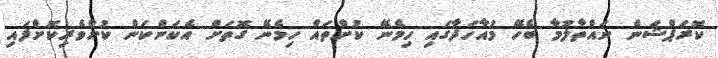
ކޮރަޕްޝަން ނައްތާލުމާ ބެހޭ މުއާހަދާގައި ހިމެނޭ ކުށްތައް ހިމެނޭ ގޮތަށް އެކަންކަން ކުށްވެރިކޮށްފައި